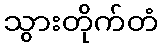
သွားတိုက်တံ